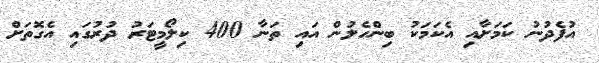
އުފެދުނު ކަމަށާއި އެކަމަކު ބިންހެލުން އައި ތަނާ 400 ކިލޯމީޓަރު ދުރުގައި އެގޮތަށް